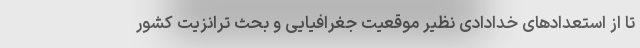
تا از استعدادهای خدادادی نظیر موقعیت جغرافیایی و بحث ترانزیت کشور